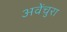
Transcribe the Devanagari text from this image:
अवेंचुरा